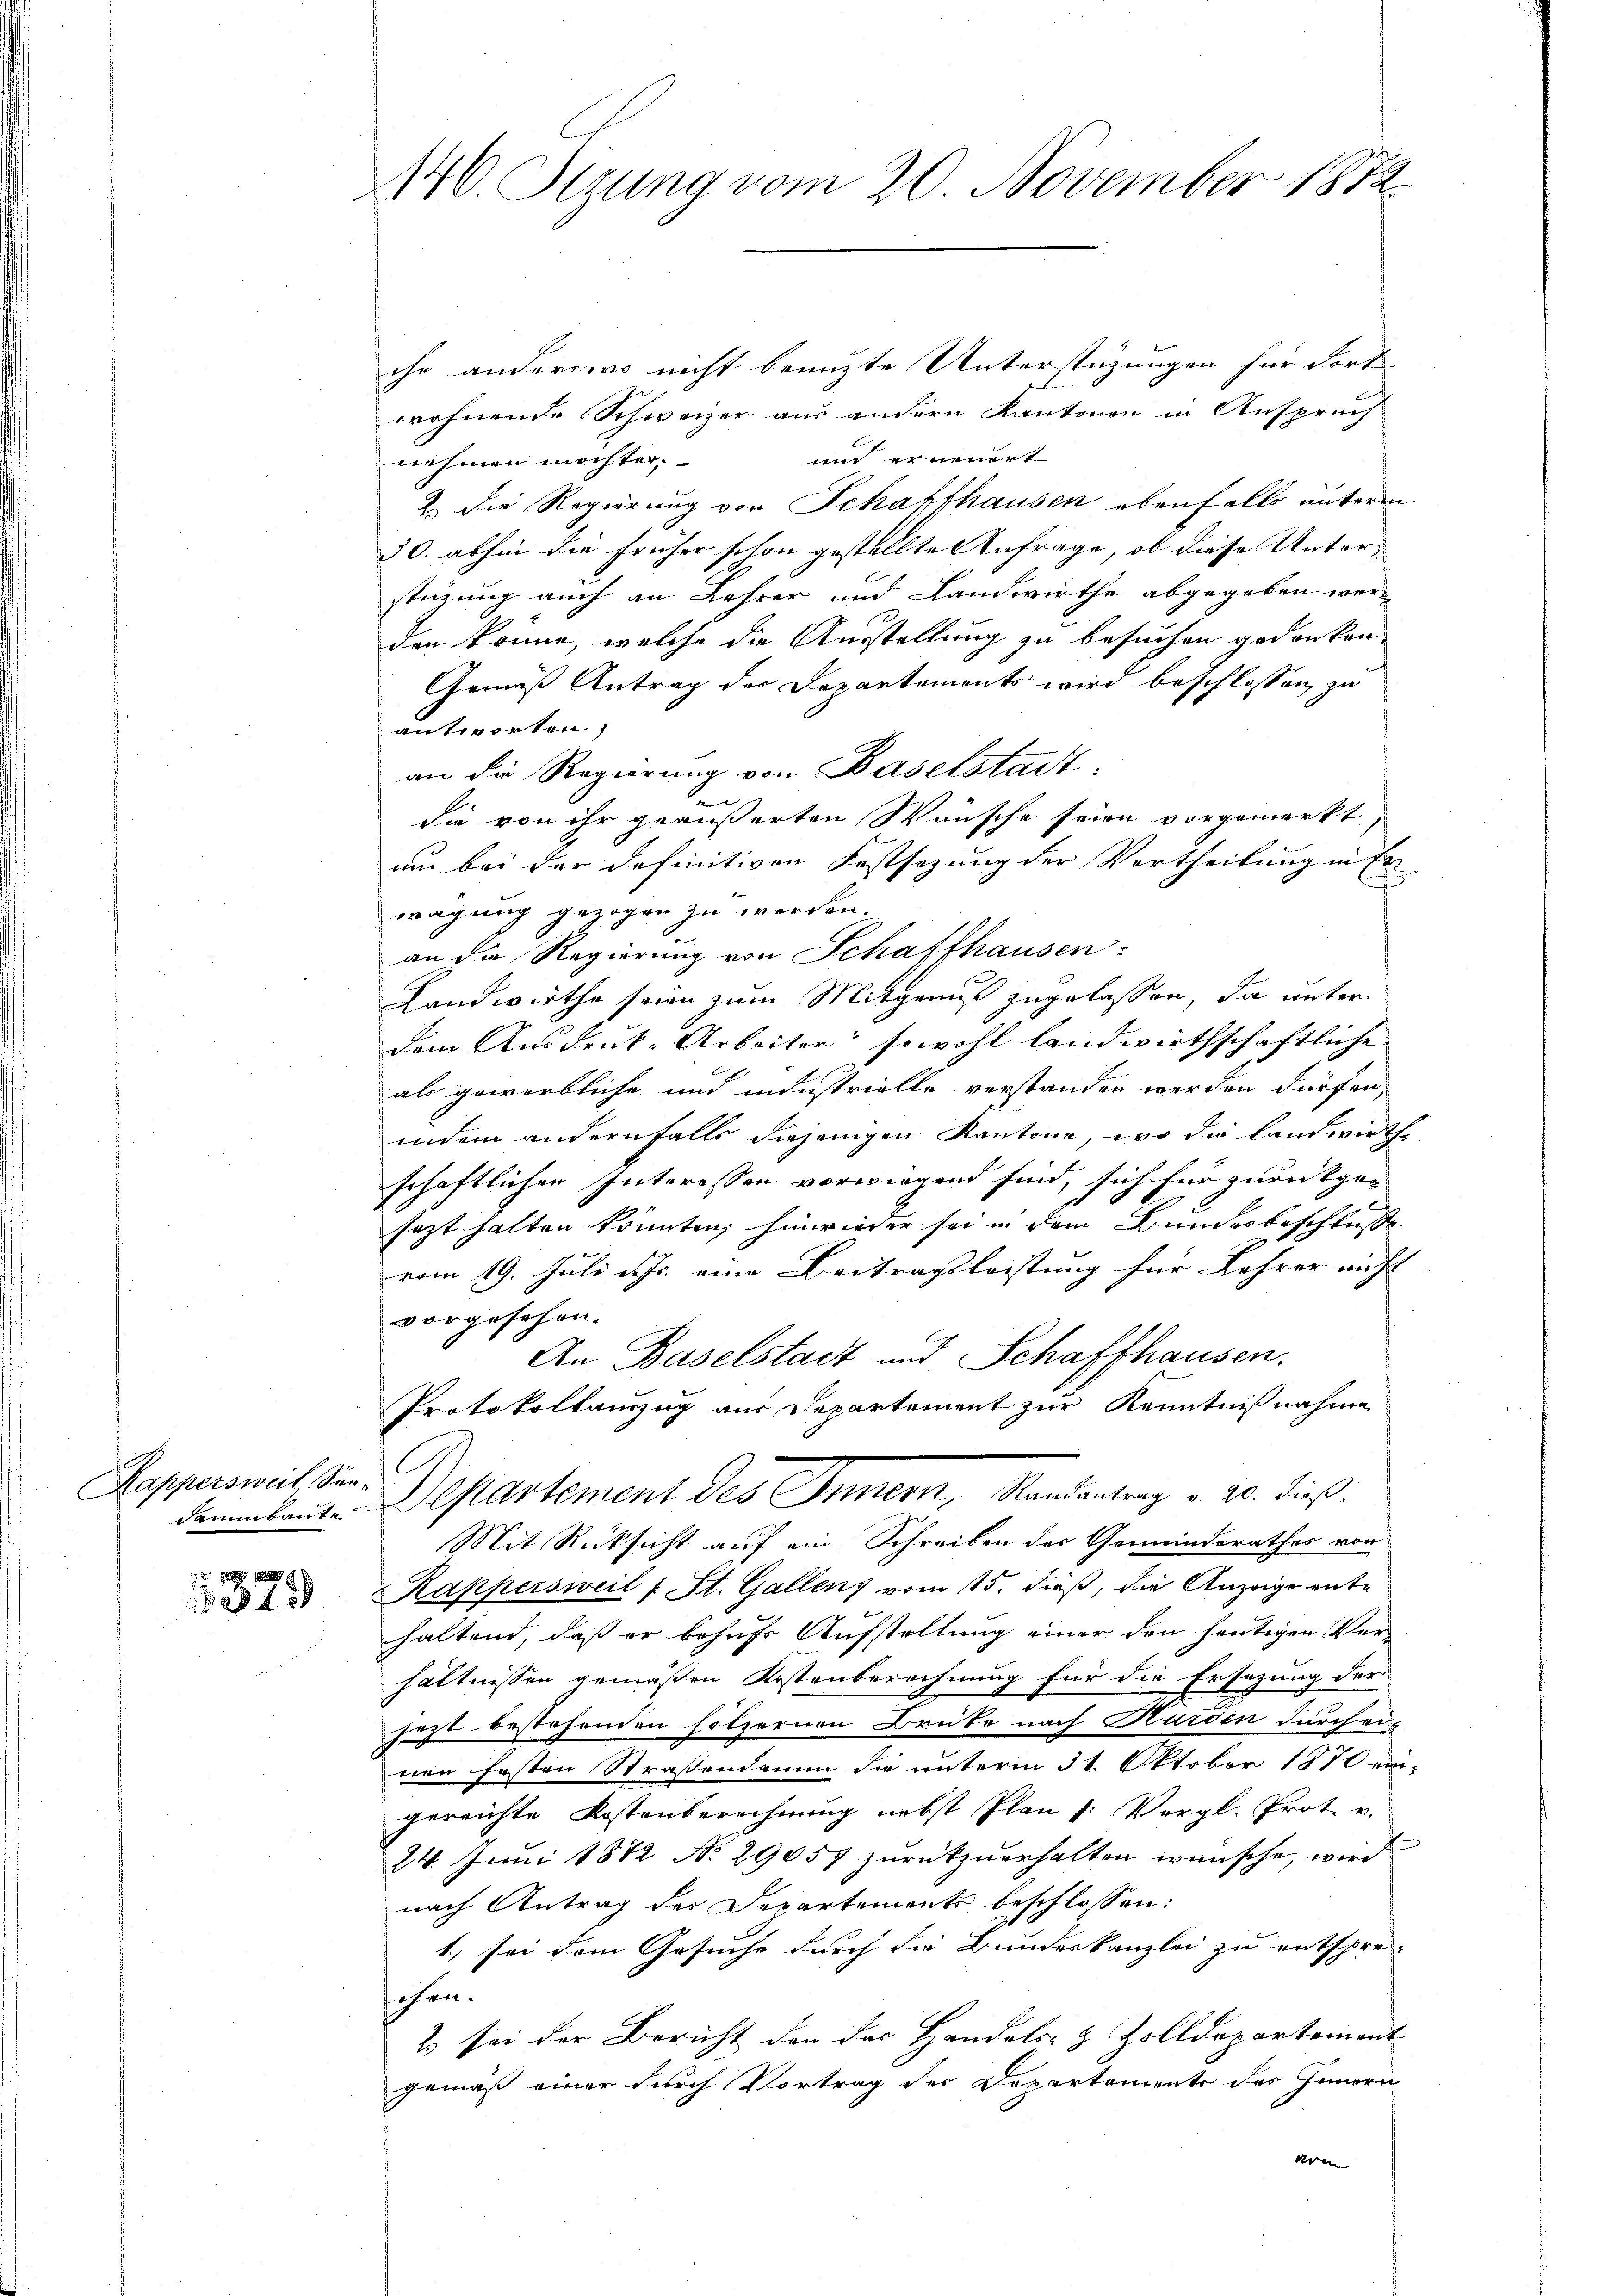
Kappersweil Son-

1
2340

140. Sizung vom 20. November 1872

ihr anderswo nicht benuzte Unterstüzungen für Fort
wohnende Schweizer aus andern Kantonen in Anspruch
un er neuert
nehmen möchter.
2.) Die Regierung von Schaffhausen ebenfalls unterm
30. abhin die früher schon gestellte Anfrage, ob diese Unterstüzung auch an Lehrer und Landwirthe abgegeben werden könne, welche die Ausstellung zu besuchen gedanken,
Gemäß Antrag der Departements wird beschlossen zu
antworten,
an die Regierung von Baselstadt,
e
die von ihr geäußerten Wünsche seien vorgemerkt
um bei der definitiven Festsezung der Vortheilung inf
wägung gezogen zu werden.
an die Regierung von Schaffhausen:
Landwirthe seien zum Mitgenuß zugelassen, da unter
dem Ausdruck-Arbeiter, sowohl landwirthschaftliche
als gewerbliche und minstrielle verstanden werden dürfen,
indem andernfalls diejenigen Kantone, wo die landwirthschaftlicher Interessen vorwiegend sind, sich für zurückgesazt hatten könnten, hinwieder sei in dem Bundesbeschluße
vom 19. Juli Fr. eine Beitragsleistung für Lehrer nicht
vorgesehen.
An Baselstadt und Schaffhausen.
Protokollanzug aus Departement zur Kenntnißnahme
demmbaute. Departement des Innern, Randantrag v. 20. dieß.
Mit Rücksicht auf ein Schreiben der Gemeinderathes von
Kappersweil 1 St. Gallenz vom 15. dieß, die Anzeige enthaltend, daß er behufs Aufstellung einer den heutigen Ver-
hältnissen gemäßen Kostenberechnung für die Ersezung der
jezt bestehenden hölzernen Brüte nach Harden durch ers
nen festen Straßendamm die unterm 31. Oktober 1870 ein-
gereichte Kostenberechnung nebst Plan 1: Vergl. Prot. v.
24. Juni 1872 No 29057 zurückzuerhalten wünsche, wird
nach Antrag des Departemente beschlossen:
1., sei dem Gesuche durch die Bundeskanzlei zu entspre-
sehen.
2) sei der Bericht den das Handels- & Zolldepartement
gemäß einer durch Vortrag des Departements des Innern